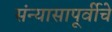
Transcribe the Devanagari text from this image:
संन्यासापूर्वीचे